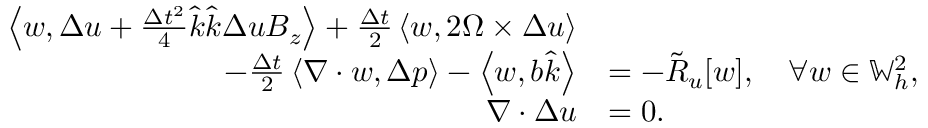
\begin{array} { r l } { \left\langle w , \Delta u + \frac { \Delta t ^ { 2 } } { 4 } \hat { k } \hat { k } \Delta u B _ { z } \right\rangle + \frac { \Delta t } { 2 } \left\langle w , 2 \Omega \times \Delta u \right\rangle } & { } \\ { \qquad - \frac { \Delta t } { 2 } \left\langle \nabla \cdot w , \Delta p \right\rangle - \left\langle w , b \hat { k } \right\rangle } & { = - \tilde { R } _ { u } [ w ] , \quad \forall w \in \mathbb { W } _ { h } ^ { 2 } , } \\ { \nabla \cdot \Delta u } & { = 0 . } \end{array}